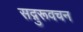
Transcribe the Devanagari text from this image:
सद्गुरूवचन